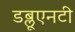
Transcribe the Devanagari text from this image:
डब्लूएनटी